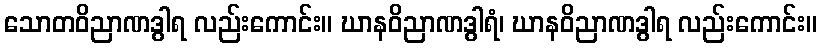
သောတဝိညာဏဒွါရ လည်းကောင်း။ ဃာနဝိညာဏဒွါရံ၊ ဃာနဝိညာဏဒွါရ လည်းကောင်း။